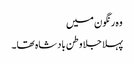
وہ رنگون میں
پہلا جلا وطن بادشاہ تھا۔